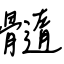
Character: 髓